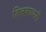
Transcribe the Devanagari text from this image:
तिलकाधारी